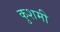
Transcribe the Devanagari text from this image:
कुशमी